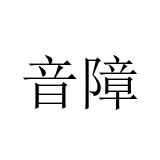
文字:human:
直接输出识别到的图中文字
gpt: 音障